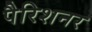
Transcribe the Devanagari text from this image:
पैरिशनर